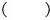
()